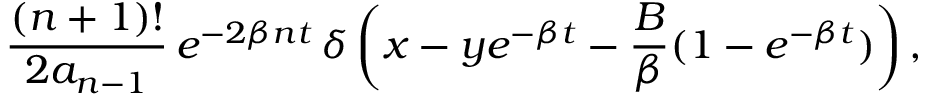
\frac { ( n + 1 ) ! } { 2 a _ { n - 1 } } \, e ^ { - 2 \beta n t } \, \delta \left( x - y e ^ { - \beta t } - \frac { B } { \beta } ( 1 - e ^ { - \beta t } ) \right) ,